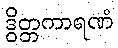
ဒွိတ္တကာရဏံ